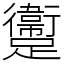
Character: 躛